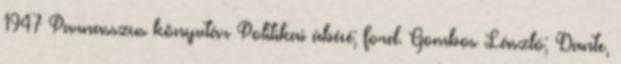
1947 Parnasszus könyvtár Politikai ábécé; ford. Gombos László; Dante,